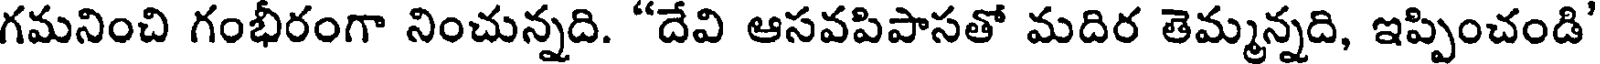
గమనించి గంభీరంగా నించున్నది. "దేవి ఆసవపిపాసతో మదిర తెమ్మన్నది, ఇప్పించండి